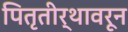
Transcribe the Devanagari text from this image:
पितृतीर्थावरून